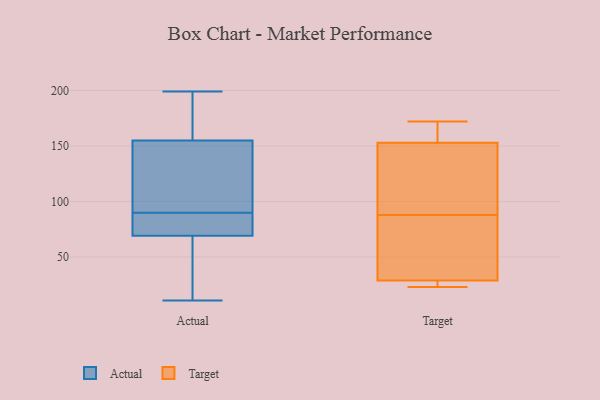
{"axis": {"x": "LTV (USD)", "y": "Value"}, "legend": ["Actual", "Target"], "data": [{"x": "", "y": 11, "type": "Actual"}, {"x": "", "y": 161, "type": "Actual"}, {"x": "", "y": 173, "type": "Actual"}, {"x": "", "y": 90, "type": "Actual"}, {"x": "", "y": 70, "type": "Actual"}, {"x": "", "y": 96, "type": "Actual"}, {"x": "", "y": 83, "type": "Actual"}, {"x": "", "y": 67, "type": "Actual"}, {"x": "", "y": 119, "type": "Actual"}, {"x": "", "y": 73, "type": "Actual"}, {"x": "", "y": 153, "type": "Actual"}, {"x": "", "y": 18, "type": "Actual"}, {"x": "", "y": 199, "type": "Actual"}, {"x": "", "y": 153, "type": "Target"}, {"x": "", "y": 52, "type": "Target"}, {"x": "", "y": 124, "type": "Target"}, {"x": "", "y": 28, "type": "Target"}, {"x": "", "y": 172, "type": "Target"}, {"x": "", "y": 23, "type": "Target"}, {"x": "", "y": 168, "type": "Target"}, {"x": "", "y": 145, "type": "Target"}, {"x": "", "y": 29, "type": "Target"}, {"x": "", "y": 34, "type": "Target"}]}